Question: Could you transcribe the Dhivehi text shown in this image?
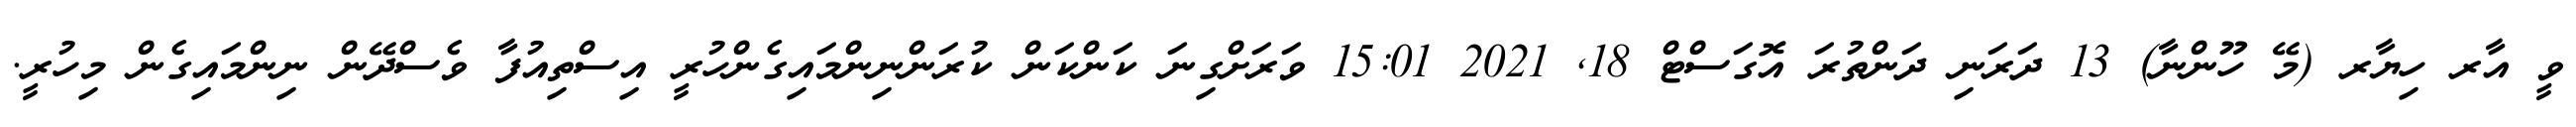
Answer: ވީ އާރ ހިޔާރ (މޭ ހޫންނާ) 13 ދަރަނި ދަންތުރަ އޮގަސްޓް 18, 2021 15:01 ވަރަށްގިނަ ކަންކަން ކުރަންނިންމައިގެންހުރީ އިސްތިއުފާ ވެސްދޭން ނިންމައިގެން މިހުރީ.